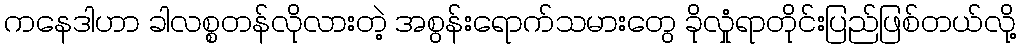
ကနေဒါဟာ ခါလစ္စတန်လိုလားတဲ့ အစွန်းရောက်သမားတွေ ခိုလှုံရာတိုင်းပြည်ဖြစ်တယ်လို့